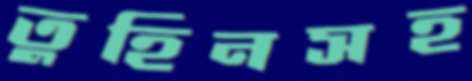
তুহিনসহ